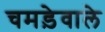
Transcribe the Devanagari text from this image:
चमड़ेवाले